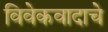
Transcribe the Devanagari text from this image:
विवेकवादाचे